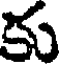
కు